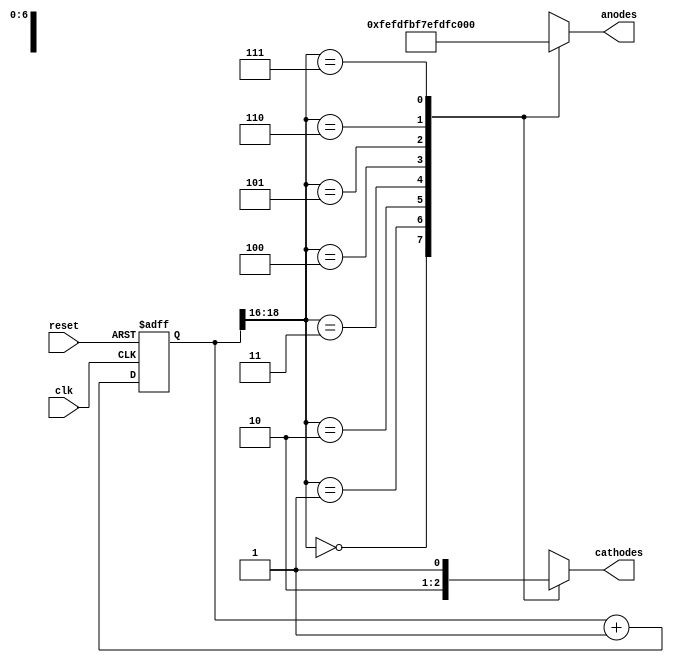
`timescale 1ns / 1ps

module Stop_Watch(anodes, cathodes, clk, reset);
input clk, reset;
output reg [7:0] anodes;
output reg [6:0] cathodes; 

parameter N = 19;  // 100 MHz /(2**16) ~= 1525 Hz  : 1/1525 Hz = 0.655 ms
 
// internal registers
reg [N-1:0] current_state;  
wire [N-1:0] next_state;

// 
reg [7:0] sseg;  

// current_state logic
always@(posedge clk, posedge reset)
begin
    if(reset)
        current_state <= 0;
    else 
        current_state <= next_state;     
end


// next_state logic
assign next_state = current_state + 1; 

wire [6:0] Outt0, Outt1, Outt2, Outt3, Outt4, Outt5, Outt6, Outt7; 


// output logic 
always@(*)
begin
    case(current_state[N-1:N-3])
    3'b000 : begin   anodes = 8'b11111110;//unit of seconds
                    cathodes = Outt0; end
    
    3'b001 : begin   anodes = 8'b11111101; //tens of seconds
                    cathodes = Outt1; end 
                    
    3'b010 : begin   anodes = 8'b11111011;//unit of minutes
                    cathodes = Outt2; end   
                                    
    3'b011 : begin   anodes = 8'b11110111;//tens of minutes
                    cathodes = Outt3; end  
    
    3'b100 : begin   anodes = 8'b11101111;//unit of hours
                    cathodes = Outt4; end
                    
    3'b101 : begin   anodes = 8'b11011111;//tens of hours
                    cathodes = Outt5; end
                    
    3'b110 : begin   anodes = 8'b10111111;//hundreds of hours
                    cathodes = Outt6; end
                    
    3'b111 : begin   anodes = 8'b01111111;//thousands of hours
                    cathodes = Outt7; end
                         
    default : begin anodes = 8'b11111111;
                    cathodes = 7'b1111111; end                                 
          
    endcase
end
//instantiations will come under for seven segment and time_calc

endmodule

//-----------------------------------------------------------------------------------------

//module for calculating time
module time_calc(hours, minutes, seconds, clk, reset, en);
//dimension and sizes for inputs and outputs
input clk, reset, en;
output [7:0] minutes, seconds;
output [15:0] hours;

//wires and internal registers and parameters
parameter N = 28;
wire max_tick;
reg [N-1:0] r_reg, r_next;

always@(posedge clk, posedge reset)
begin
    if (reset)
        r_reg <= 0;
    else
        r_reg <= r_next;
        
end
// next_state logic
always@(*)
begin
    if (en)          // up counter
        r_next = r_reg + 1;    
    else 
        r_next = r_reg;
end 

//output logic
assign max_tick = (r_reg == 2**N-1) ? 1 : 0; //the rest will come under after the concept is clear


endmodule